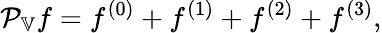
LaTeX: \mathcal{P}_{\mathbb{V}}f=f^{(0)}+f^{(1)}+f^{(2)}+f^{(3)},